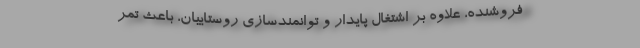
فروشنده، علاوه بر اشتغال پایدار و توانمندسازی روستاییان، باعث تمر